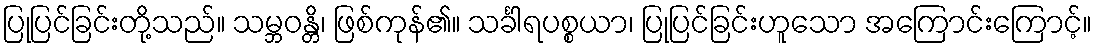
ပြုပြင်ခြင်းတို့သည်။ သမ္ဘဝန္တိ၊ ဖြစ်ကုန်၏။ သင်္ခါရပစ္စယာ၊ ပြုပြင်ခြင်းဟူသော အကြောင်းကြောင့်။